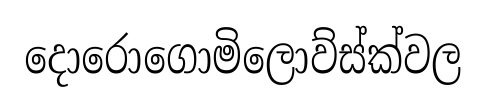
දොරොගොමිලොව්ස්ක්වල